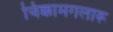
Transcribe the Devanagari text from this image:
चिक्कामगलारू